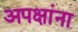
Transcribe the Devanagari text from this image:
अपक्षांना